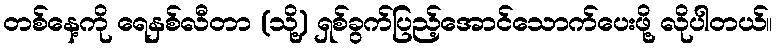
တစ်နေ့ကို ရေနှစ်လီတာ (သို့) ရှစ်ခွက်ပြည့်အောင်သောက်ပေးဖို့ လိုပါတယ်။